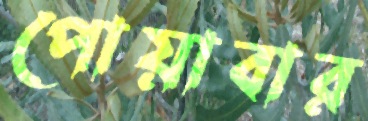
পোয়াবার